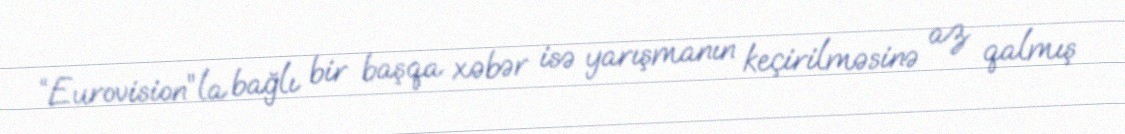
“Eurovision”la bağlı bir başqa xəbər isə yarışmanın keçirilməsinə az qalmış